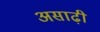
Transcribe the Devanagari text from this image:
असाढ़ी